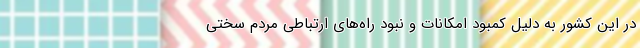
در این کشور به دلیل کمبود امکانات و نبود راه‌های ارتباطی مردم سختی